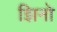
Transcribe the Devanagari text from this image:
झिनो